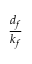
\frac { d _ { f } } { k _ { f } }